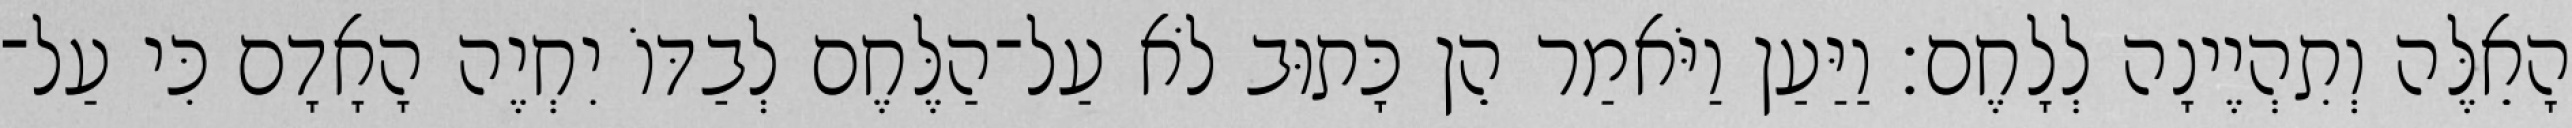
הָאֵלֶּה וְתִהְיֶינָה לְלָחֶם׃ וַיַּעַן וַיֹּאמַר הֵן כָּתוּב לֹא עַל־הַלֶּחֶם לְבַדּוֹ יִחְיֶה הָאָדָם כִּי עַל־